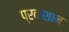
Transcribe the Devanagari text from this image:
प्रकशान